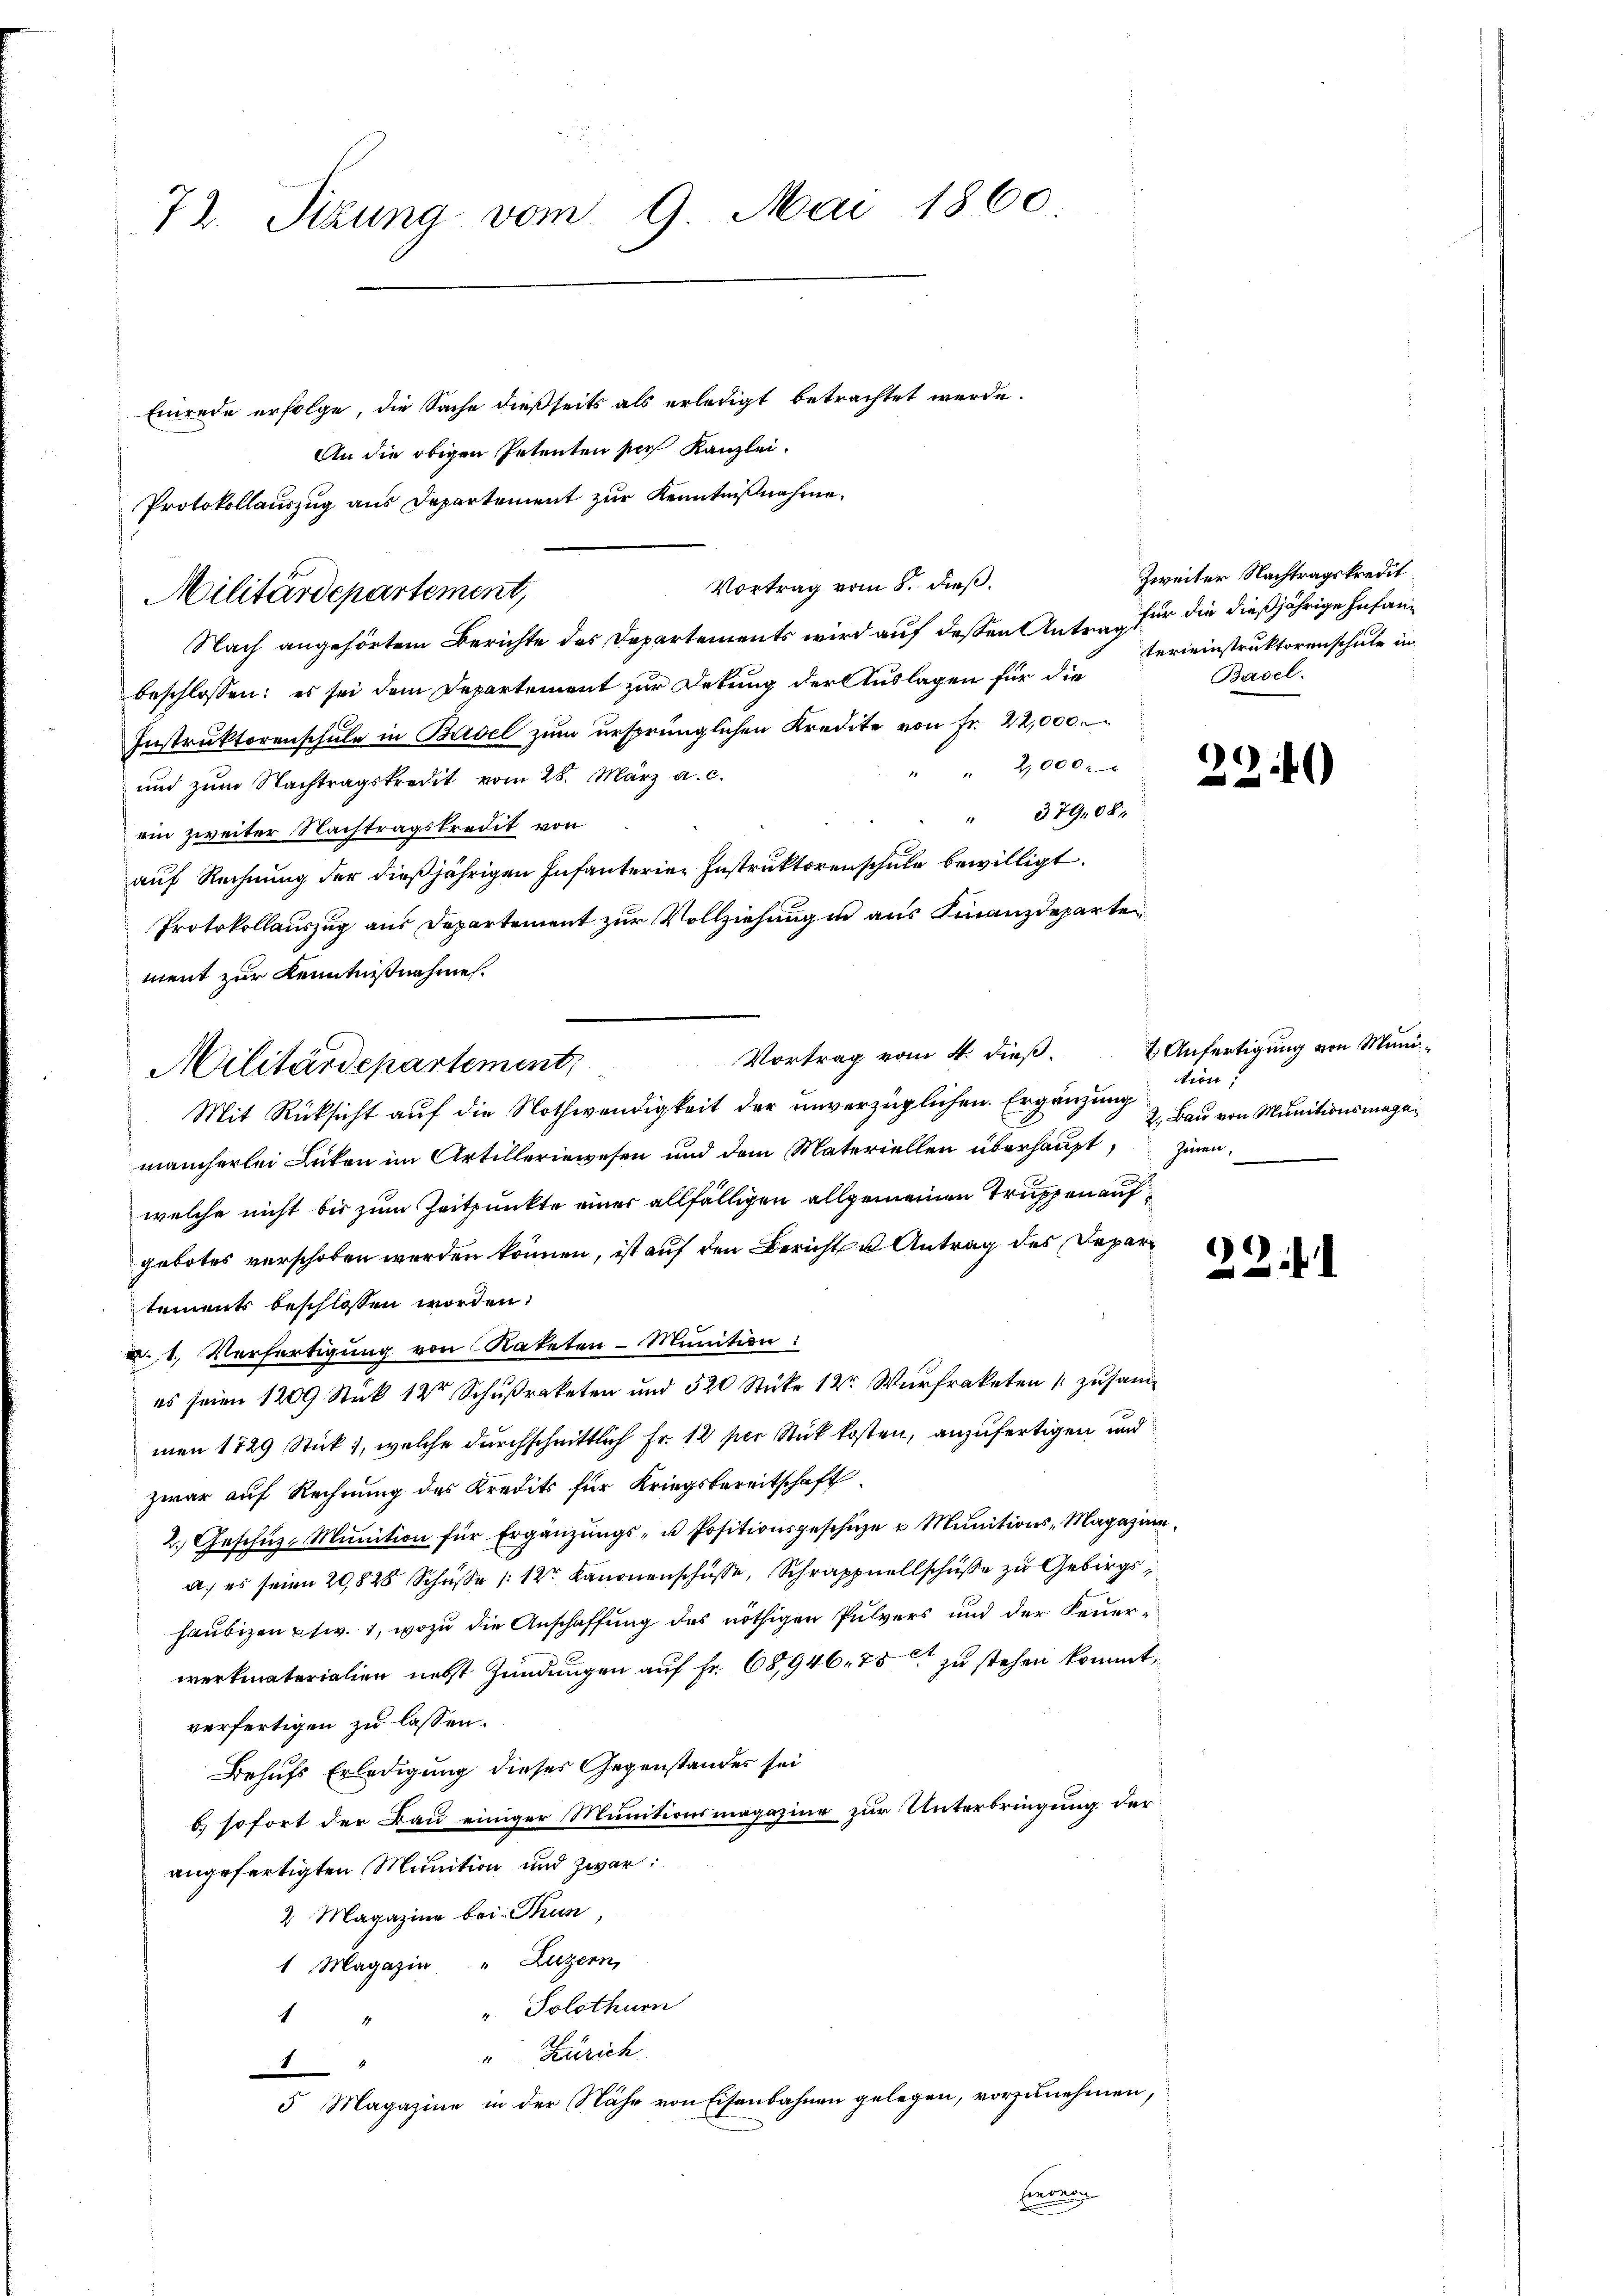
72. Sitzung vom 9. Mai 1860
Einrede erfolge, die Sache dießseits als erledigt betrachtet werde.

An die obigen Petenten sich Kanzlei.
Nach angehörtem Berichte des Departements wird auf dessen Antrag für die dießjährige Infanbeschlossen: es sei dem Departement zur Detung der Auslagen für die
Instruktorenschŭle in Basel zŭm ursprünglichen Kredite von Fr. 22,000.
2,000
und zum Nachtragskredit vom 28. März a. c.
" 379,08
rin zweiter Nachtragskredit von
auf Rechnung der dießjährigen Infanterien Instruktorenschule bewilligt.
Protokollauszug aus Departement zur Vollziehung in aus Finanzdeparte
ment zur Kenntnißnahme.
Mit Rücksicht auf die Nothwendigkeit der unverzüglichen. Ergänzung
mancherlei Lücken im Artilleriewesen und dem Materiellen überhaupt, zinenwelche nicht bis zum Zeitpunkte einer allfälligen allgemeinen Truppen aufgebotes verschoben werden können, ist auf den Bericht u Antrag des Departements beschlossen worden.
. 1. Verfertigung von Kateten - Munition:
es seien 1209 Stuck 12te Schußraketen und 520 Stücke 12. Wurfraketen 1 zusammen 1729 Stick, welche durchschnittlich Fr. 12 per Stück kosten, anzufertigen und
zwar auf Rechnung des Kredits für Kriegsbereitschaft
2. Geschüz-Mŭnition für Ergänzŭngs- u Positionsgeschüze u Munitions-Magazin
a. es seien 20,828 Schüße (12r Kanonenschüsse, Schrappellschuße zu Gebirgs
haŭbizen etw. 1, wozu die Anschaffung des nöthigen Pulvers und der Feuerwerkmaterialien nebst Zündungen auf Fr. 68,946. 75 zu stehen kommt,
verfertigen zu lassen.
Behufs Erledigung dieses Gegenstandes sei
b) sofort der Bau einiger Munitionsmagazine zur Unterbringung der
angefertigten Munition und zwar:
2 Magazine bei - Thun
1 Magazin " Luzern,
" Solothurn
4
" Zürich

5 Magazine in der Nähe von Eisenbahnen gelegen, vorzunehmen,

Protokollauszug aus Departement zur Kenntnißnahme,
Militärdepartement,

Vortrag vom 4. dieß.
Militärdepartement,

Vortrag vom 8. dieß.

siedern
.

Zweiter Nachtragskredit
tereinstruktoren schule in
Basel.

221)

2 Anfertigung von Munition,
2. Bau von Munitionsmaga

22.11